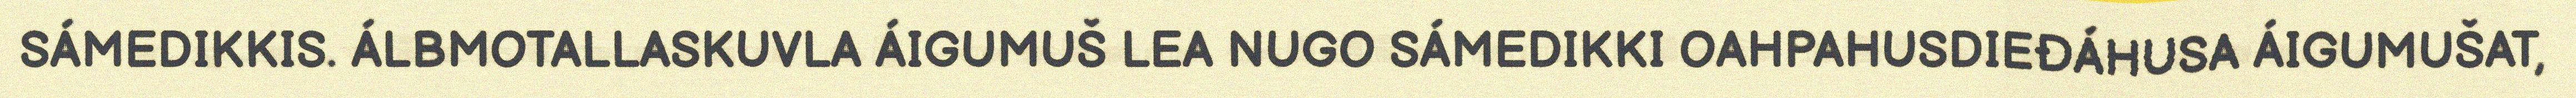
SÁMEDIKKIS. ÁLBMOTALLASKUVLA ÁIGUMUŠ LEA NUGO SÁMEDIKKI OAHPAHUSDIEĐÁHUSA ÁIGUMUŠAT,